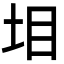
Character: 𡊟